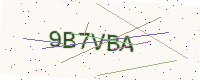
Text: 9B7VBA